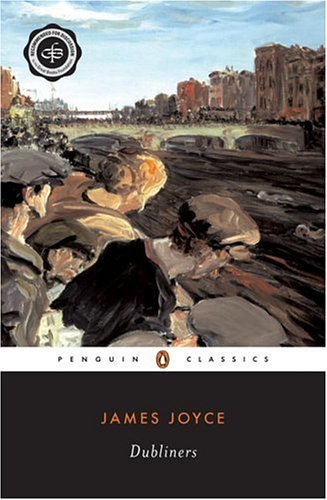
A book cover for Dubliners; James Joyce; Literature & Fiction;